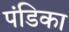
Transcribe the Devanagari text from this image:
पंडिका